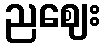
ညဈေး